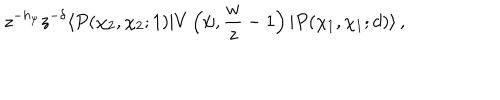
LaTeX: z ^ { - h _ { \psi } } z ^ { - \delta } \langle P ( \chi _ { 2 } , \chi _ { 2 } ; 1 ) | V \left( \psi , { \frac { w } { z } } - 1 \right) | P ( \chi _ { 1 } , \chi _ { 1 } ; d ) \rangle \, ,